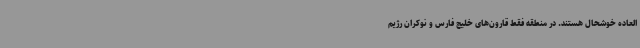
العاده خوشحال هستند. در منطقه فقط قارون‌های خلیج فارس و نوکران رژیم